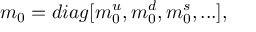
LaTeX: m _ { 0 } = d i a g [ m _ { 0 } ^ { u } , m _ { 0 } ^ { d } , m _ { 0 } ^ { s } , . . . ] ,